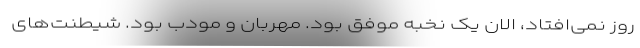
روز نمی‌افتاد، الان یک نخبه موفق بود. مهربان و مودب بود. شیطنت‌های